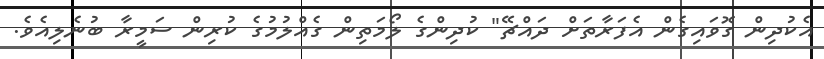
އެކުދިން ގޮވައިގެން އެފަރާތަށް ދައްޗޭ" ކުދިންގެ ލޯމަތިން ގެއްލުމުގެ ކުރިން ސަމީރާ ބުނެލިއެވެ.